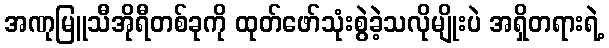
အဏုမြူသီအိုရီတစ်ခုကို ထုတ်ဖော်သုံးစွဲခဲ့သလိုမျိုးပဲ အရှိတရားရဲ့